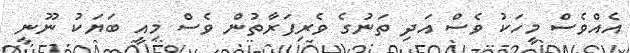
އެއްވެސް މީހަކު ވެސް އަދި ތަނުގެ ވެރިފަރާތުން ވެސް މިއީ ބަޔަކު ނޫނީ